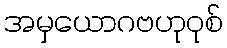
အမှယောဂဗဟုဝုစ်